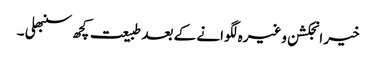
خیر انجکشن وغیرہ لگوانے کے بعد طبیعت کچھ سنبھلی ۔